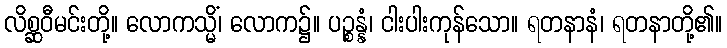
လိစ္ဆဝီမင်းတို့။ လောကသ္မိံ၊ လောက၌။ ပဉ္စန္နံ၊ ငါးပါးကုန်သော။ ရတနာနံ၊ ရတနာတို့၏။